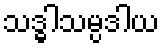
သဒ္ဓါသမ္ပဒါယ